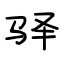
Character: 驿